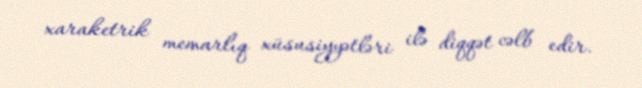
xaraketrik memarlıq xüsusiyyətləri ilə diqqət cəlb edir.